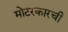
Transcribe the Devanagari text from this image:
मोटरकारची